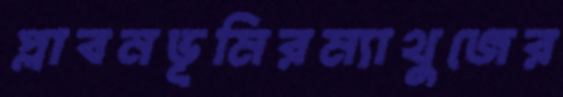
প্লাবনভূমিরম্যাথুজের